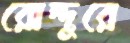
রোদ্দুরে